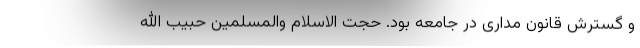
و گسترش قانون مداری در جامعه بود. حجت الاسلام والمسلمین حبیب الله